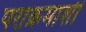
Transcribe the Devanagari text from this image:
पराक्रमाशी